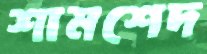
শামশেদ